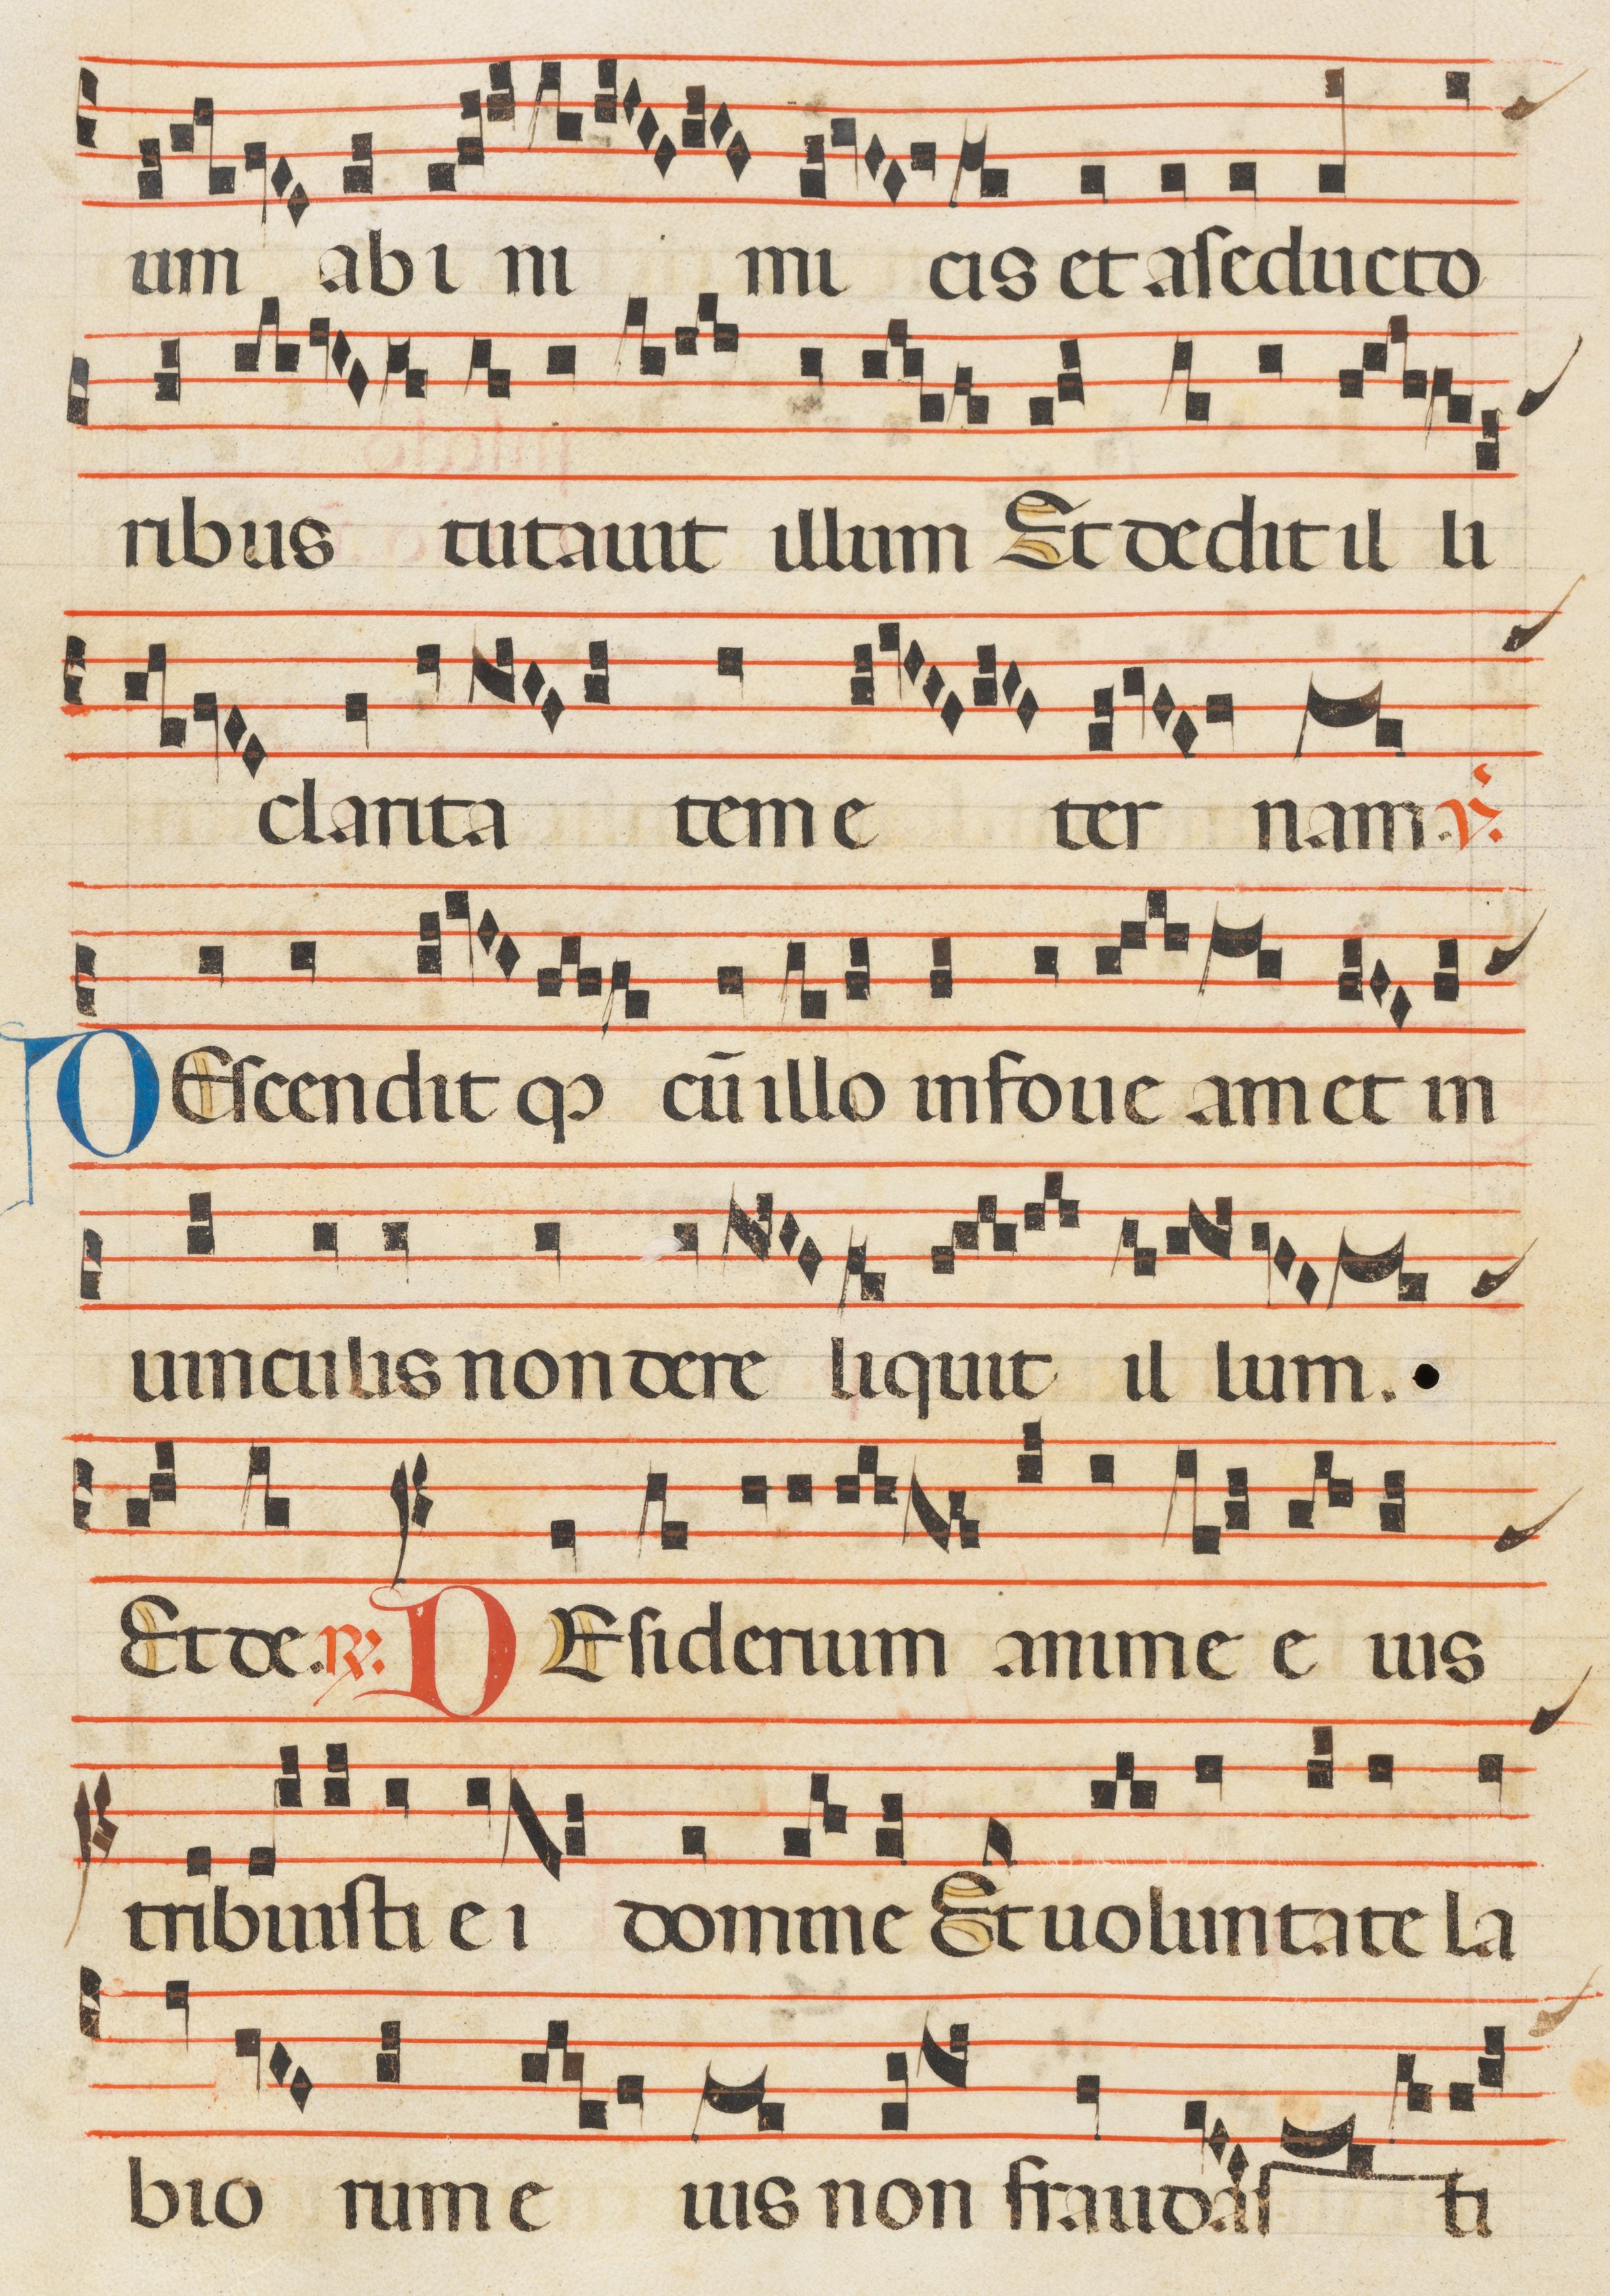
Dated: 1300–1330